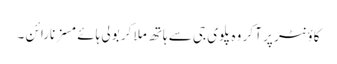
کاؤنٹر پر آ کر وہ پلوی جی سے ہاتھ ملا کر بولی ہائے مسز نارائن ۔